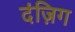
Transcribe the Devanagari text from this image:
दंज़िग